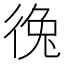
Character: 𪫐